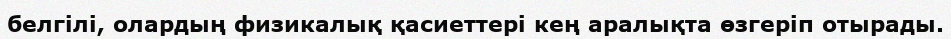
белгілі, олардың физикалық қасиеттері кең аралықта өзгеріп отырады.